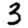
Digit: 3